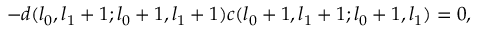
- d ( l _ { 0 } , l _ { 1 } + 1 ; l _ { 0 } + 1 , l _ { 1 } + 1 ) c ( l _ { 0 } + 1 , l _ { 1 } + 1 ; l _ { 0 } + 1 , l _ { 1 } ) = 0 ,